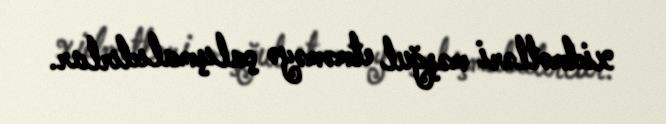
xidmətləri məşğul etməməyə çalışmalıdırlar.